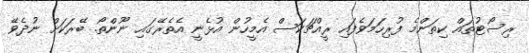
ރިސޯޓުތައް ކިތަންމެ ފުރިހަމަވެފައި ރީއްޗަކަސް އެމީހުން އުޅެނީ އެތެރޭގައި ނޫންތޯ. ބޭރަކަށް ނުދެވޭ